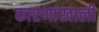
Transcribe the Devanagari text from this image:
कारणांखाली